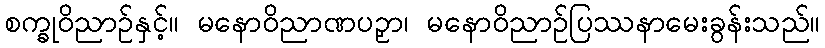
စက္ခုဝိညာဉ်နှင့်။ မနောဝိညာဏပဉှာ၊ မနောဝိညာဉ်ပြဿနာမေးခွန်းသည်။